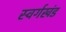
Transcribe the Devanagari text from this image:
स्वर्गखंड